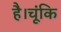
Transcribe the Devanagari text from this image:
है।चूंकि